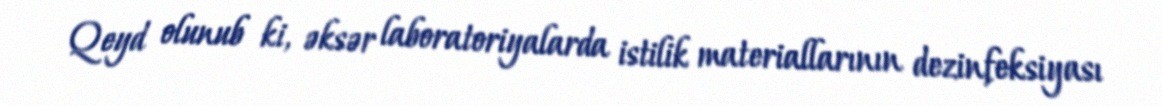
Qeyd olunub ki, əksər laboratoriyalarda istilik materiallarının dezinfeksiyası